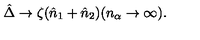
\hat { \Delta } \rightarrow \zeta ( \hat { n } _ { 1 } + \hat { n } _ { 2 } ) ( n _ { \alpha } \rightarrow \infty ) .